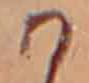
か